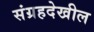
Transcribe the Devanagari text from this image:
संग्रहदेखील